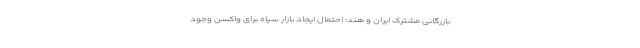
بازرگانی مشترک ایران و هند: احتمال ایجاد بازار سیاه برای واکسن وجود